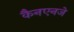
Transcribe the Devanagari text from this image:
कैनएनजे